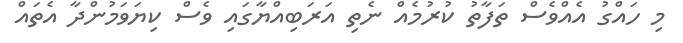
މި ހައްގު އެއްވެސް ތަފާތު ކުރުމެއް ނެތި އަރަބިއްޔާގައި ވެސް ކިޔަވަމުންދާ އެތައް